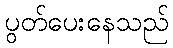
ပွတ်ပေးနေသည်